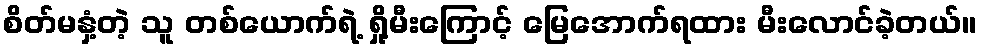
စိတ်မနှံ့တဲ့ သူ တစ်ယောက်ရဲ့ ရှို့မီးကြောင့် မြေအောက်ရထား မီးလောင်ခဲ့တယ်။